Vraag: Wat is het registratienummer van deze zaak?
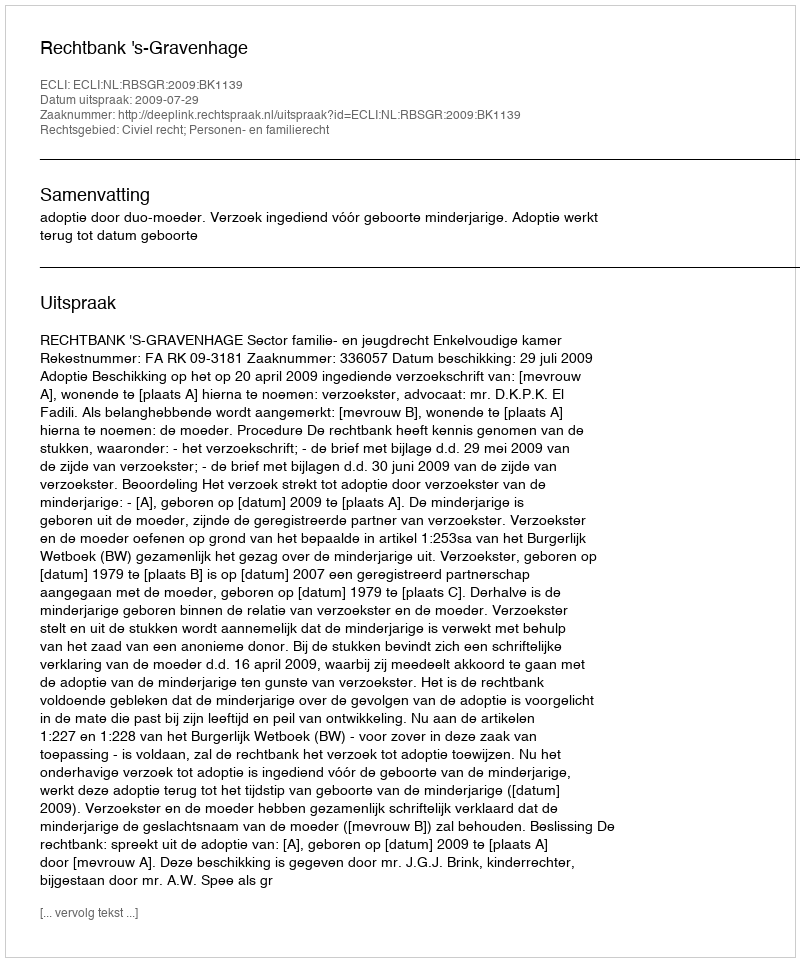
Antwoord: http://deeplink.rechtspraak.nl/uitspraak?id=ECLI:NL:RBSGR:2009:BK1139